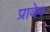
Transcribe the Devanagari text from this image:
प्रावेष